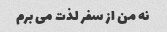
نه من از سفر لذت می برم